Vaccination in Burma 1920-1933 - 1920-1933
Year: 1920
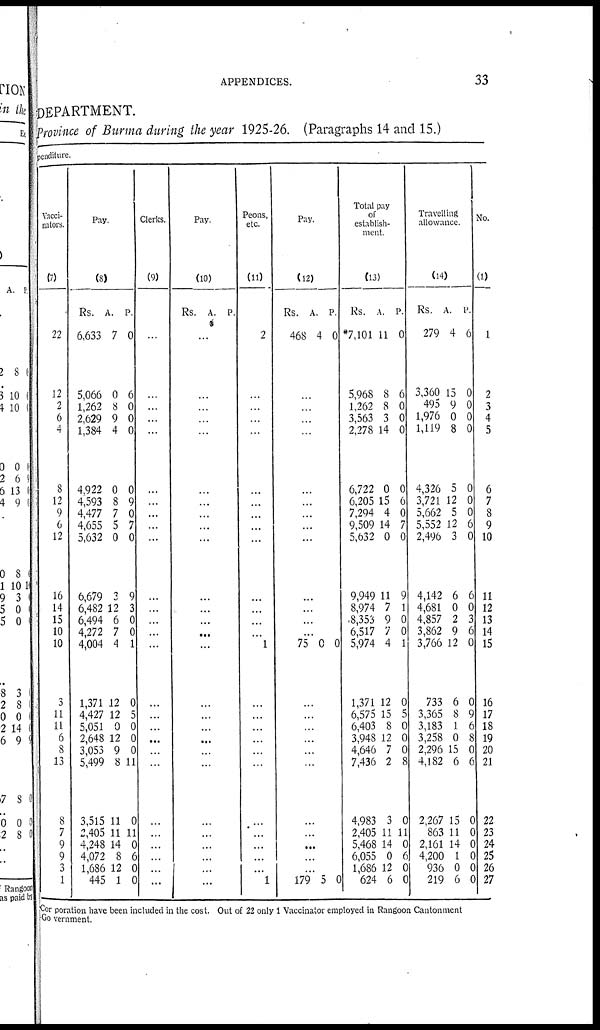
APPENDICES.
33
DEPARTMENT.
Province of Burma during the year 1925-26. (Paragraphs 14 and 15.)
penditure.
Vacci-
nators.
(7)
22
12
2
6
4
8
12
9
6
12
16
14
15
10
10
3
11
11
6
8
13
8
7
9
9
3
1
Pay.
(8)
Rs.
6,633
5,066
1,262
2,629
1,384
4,922
4,593
4,477
4,655
5,632
6,679
6,482
6,494
4,272
4,004
1,371
4,427
5,051
2,648
3,053
5,499
3,515
2,405
4,248
4,072
1,686
445
A.
7
0
8
9
4
0
8
7
5
0
3
12
6
7
4
12
12
0
12
9
8
11
11
14
8
12
1
P.
0
6
0
0
0
0
9
0
7
0
9
3
0
0
1
0
5
0
0
0
11
0
11
0
6
0
0
Clerks.
(9)
...
...
...
...
...
...
...
...
...
...
...
...
...
...
...
...
...
...
...
...
...
...
...
...
...
...
...
Pay.
(10)
Rs. A. P.
...
...
...
...
...
...
...
...
...
...
...
...
...
...
...
...
...
...
...
...
...
...
...
...
...
...
...
Peons,
etc.
(11)
2
...
...
...
...
...
...
...
...
...
...
...
...
...
1
...
...
...
...
...
...
...
...
...
...
...
1
Pay.
(12)
Rs.
468
A.
4
P.
0
...
...
...
...
...
...
...
...
...
...
...
...
...
75 0 0
...
...
...
...
...
...
...
...
...
...
...
179 5 0
Total pay
of
establish-
ment.
(13)
Rs.
*7,101
5,968
1,262
3,563
2,278
6,722
6,205
7,294
9,509
5,632
9,949
8,974
8,353
6,517
5,974
1,371
6,575
6,403
3,948
4,646
7,436
4,983
2,405
5,468
6,055
1,686
624
A.
11
8
8
3
14
0
15
4
14
0
11
7
9
7
4
12
15
8
12
7
2
3
11
14
0
12
6
P.
0
6
0
0
0
0
6
0
7
0
9
1
0
0
1
0
5
0
0
0
8
0
11
0
6
0
0
Travelling
allowance.
(14)
Rs.
279
3,360
495
1,976
1,119
4,326
3,721
5,662
5,552
2,496
4,142
4,681
4,857
3,862
3,766
733
3,365
3,183
3,258
2,296
4,182
2,267
863
2,161
4,200
936
219
A.
4
15
9
0
8
5
12
5
12
3
6
0
2
9
12
6
8
1
0
15
6
15
11
14
1
0
6
P.
6
0
0
0
0
0
0
0
6
0
6
0
3
6
0
0
9
6
8
0
6
0
0
0
0
0
0
No.
(1)
1
2
3
4
5
6
7
8
9
10
11
12
13
14
15
16
17
18
19
20
21
22
23
24
25
26
27
Cor poration have been included in the cost. Out of 22 only 1 Vaccinator employed in Rangoon Cantonment
Government.